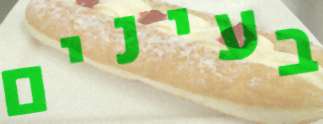
בעינים